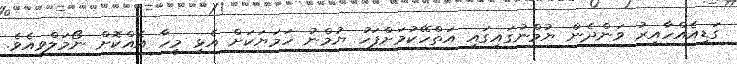
ގަޑިއެއްހާއިރު ވަންދެން ޔުމްނުގައިގައި އަތްހޭކުމަށްފަހު ޔުމްނު ހަމަޔަކަށް އެޅި މީހާ އެއްކޮށް ނޯމަލްވިއެވެ.